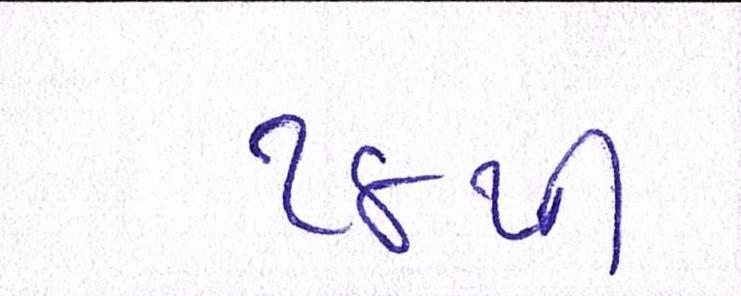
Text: ૧૪થી